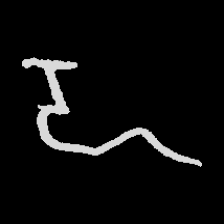
Pyu character \u2014 Myanmar letter: ဍ (romanized: dda)